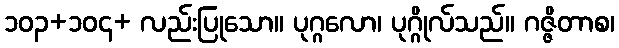
၁၀၃+၁၀၄+ လည်းပြုသော။ ပုဂ္ဂလော၊ ပုဂ္ဂိုလ်သည်။ ဂဇ္ဇိတာစ၊